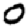
Digit: 0